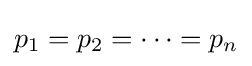
p_{1}=p_{2}=\cdots =p_{n}